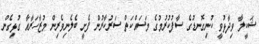
ޝަކީލާ ވިދާޅުވީ ކުނިގޮނޑުގެ ސާފުކުރުމުގެ މަސައްކަތް ސަރުކާރުން ފެށީ ބެލެނިވެރިން މުޒާހަރާއާ ގުޅިގެން